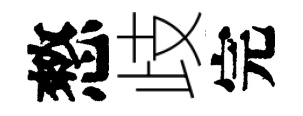
憗歧完